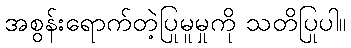
အစွန်းရောက်တဲ့ပြုမူမှုကို သတိပြုပါ။